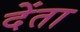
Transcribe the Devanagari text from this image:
देंता